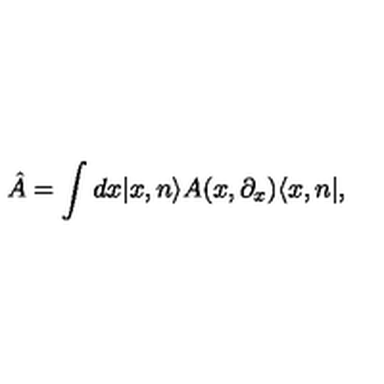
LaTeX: \hat { A } = \int d x | x , n \rangle A ( x , \partial _ { x } ) \langle x , n | ,